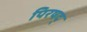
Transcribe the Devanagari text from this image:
पिरषद्